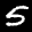
Label: 5